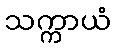
သက္ကာယံ